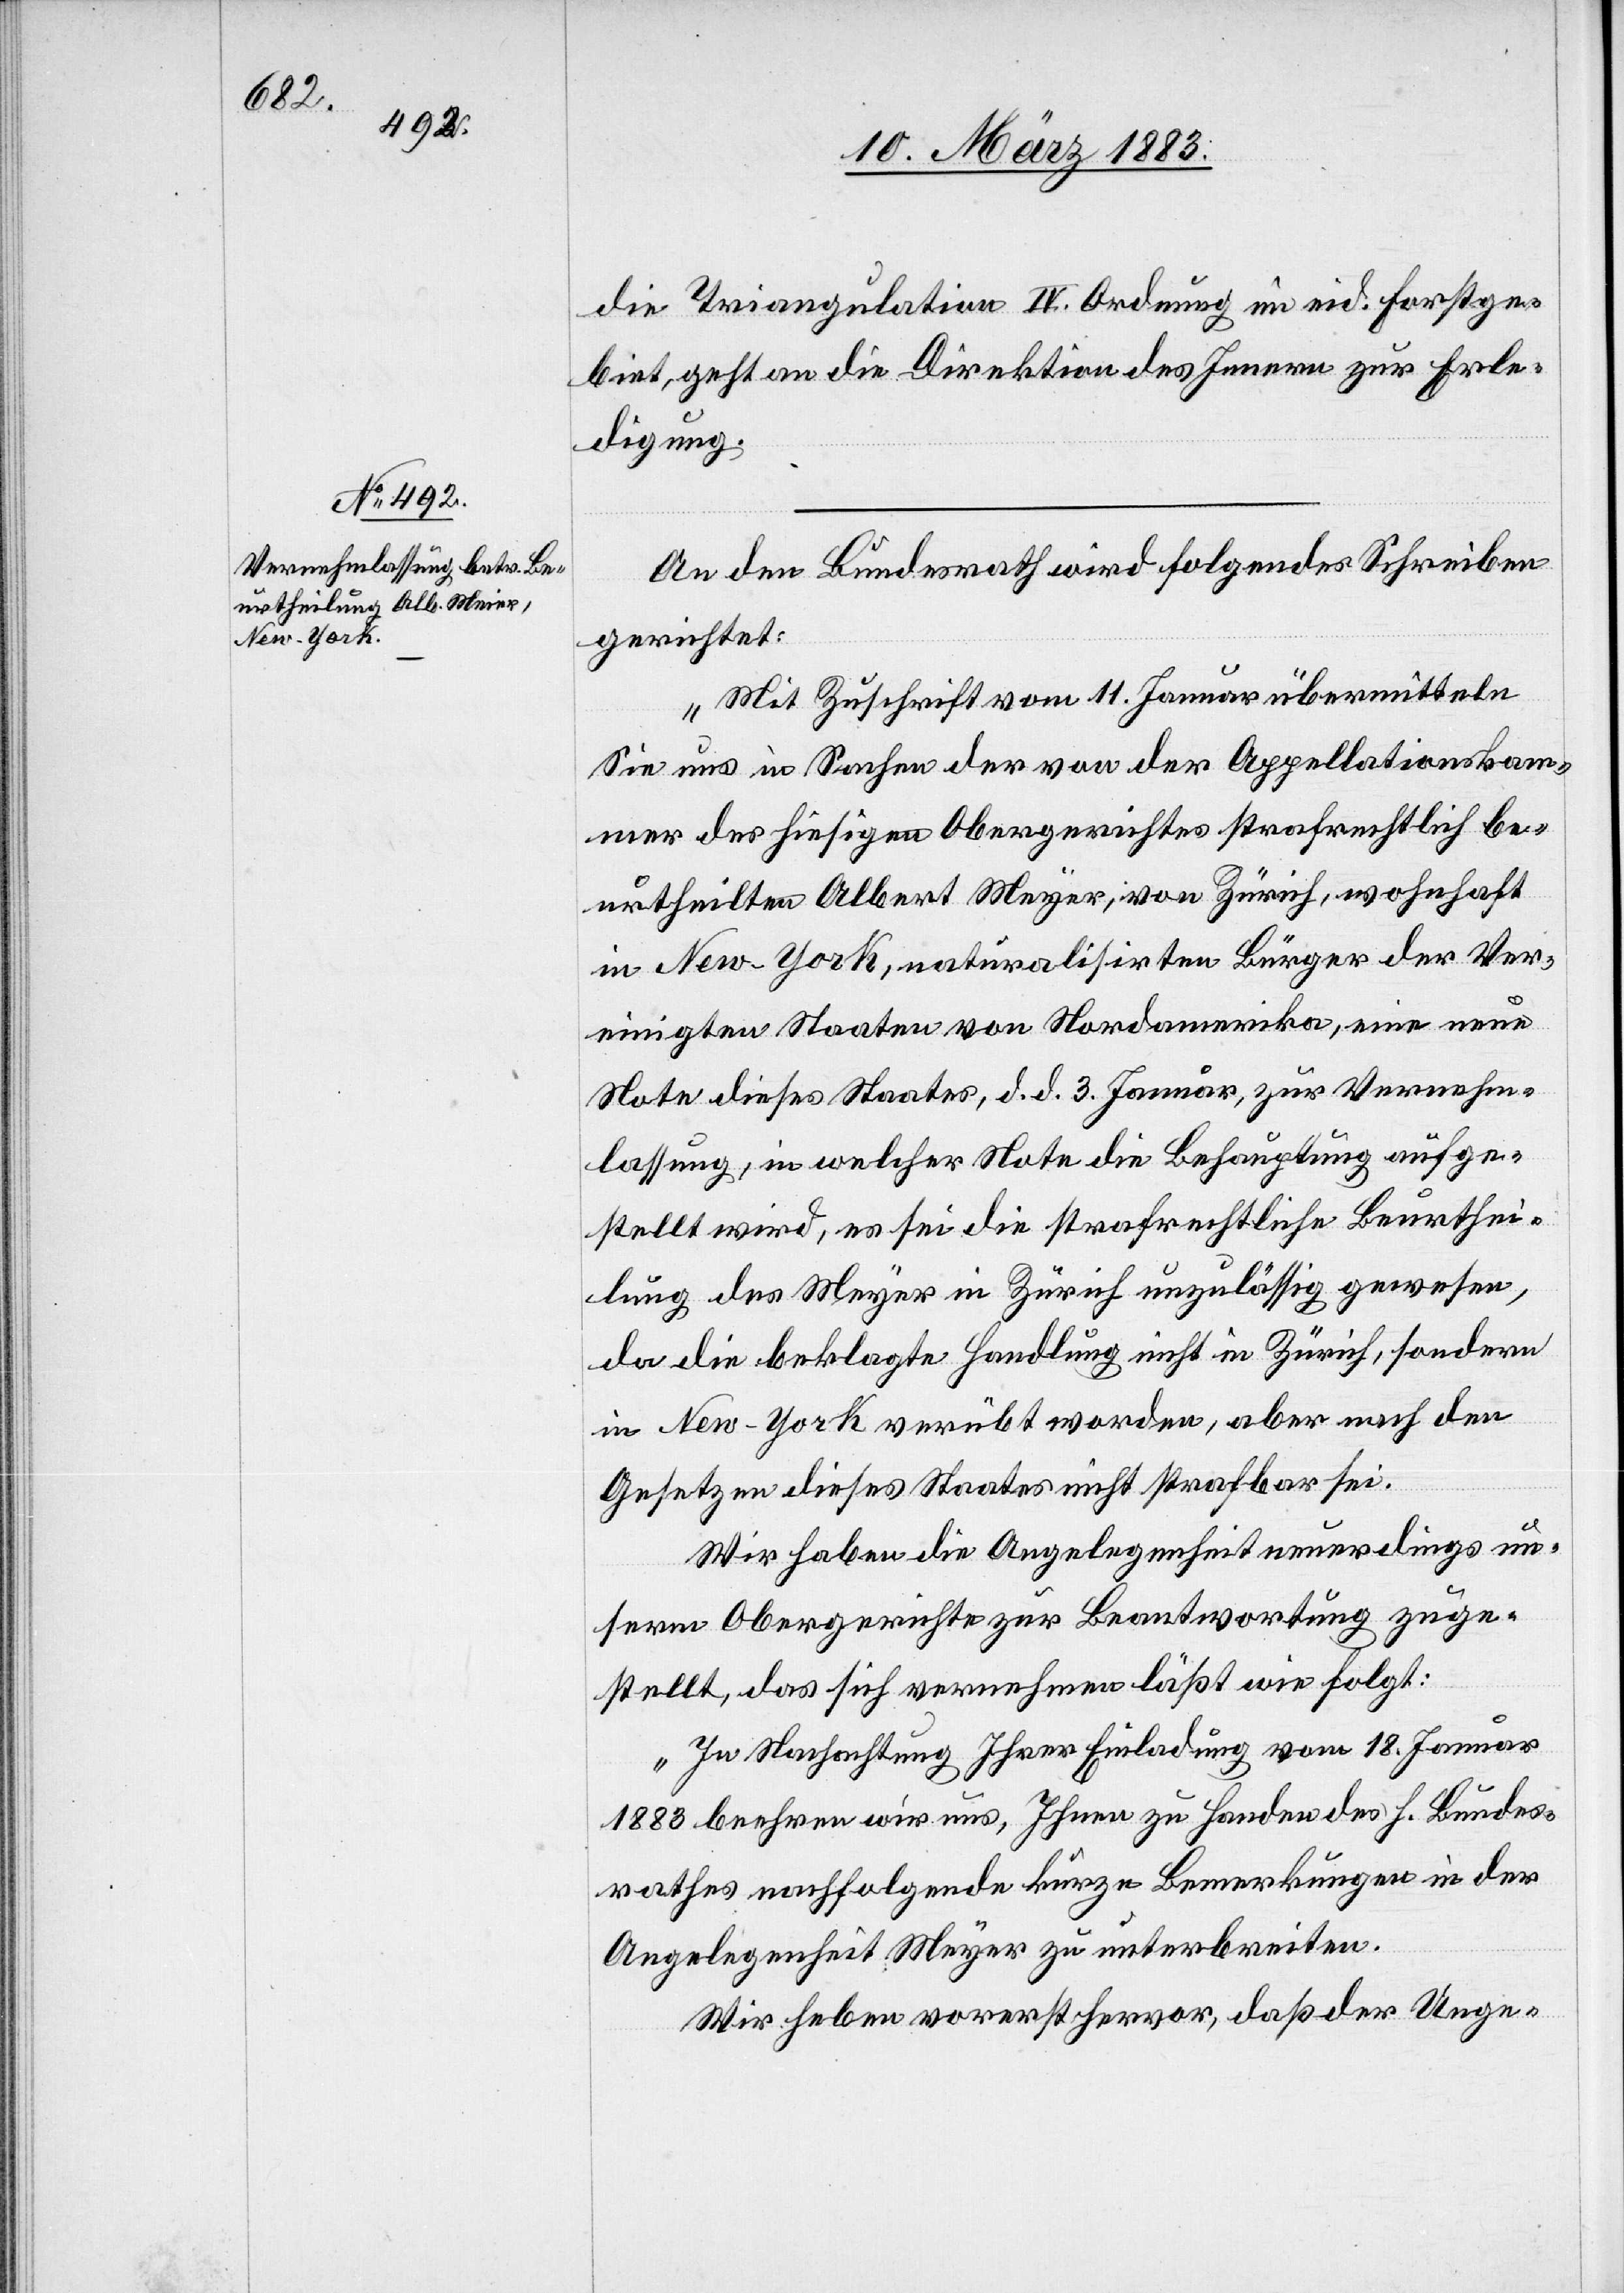
1881

Eigenthum erworben